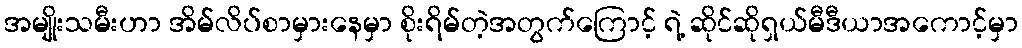
အမျိုးသမီးဟာ အိမ်လိပ်စာမှားနေမှာ စိုးရိမ်တဲ့အတွက်ကြောင့် ရဲ့ ဆိုင်ဆိုရှယ်မီဒီယာအကောင့်မှာ